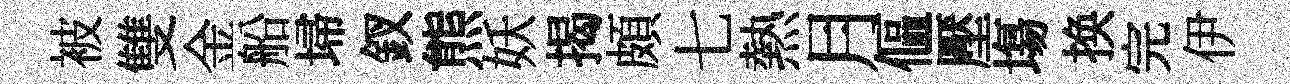
被雙金船埽釵熊妖揭頗七熱月傴壓塲换完伊